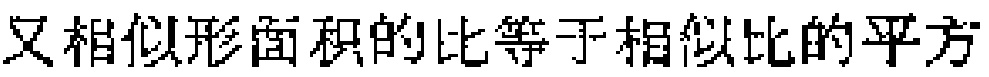
又相似形面积的比等于相似比的平方